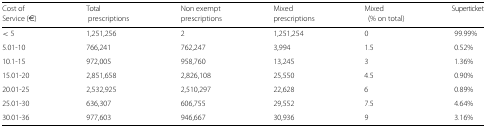
| Cost of | Total | Non exempt | Mixed | Mixed | Superticket |
 | Service (€) | prescriptions | prescriptions | prescriptions | (% on total) |  |
 | --- | --- | --- | --- | --- | --- |
 | <5 | 1,251,256 | 2 | 1,251,254 | 0 | 99.99% |
 | 5.01-10 | 766,241 | 762,247 | 3,994 | 1.5 | 0.52% |
 | 10.1-15 | 972,005 | 958,760 | 13,245 | 3 | 1.36% |
 | 15.01-20 | 2,851,658 | 2,826,108 | 25,550 | 4.5 | 0.90% |
 | 20.01-25 | 2,532,925 | 2,510,297 | 22,628 | 6 | 0.89% |
 | 25.01-30 | 636,307 | 606,755 | 29,552 | 7.5 | 4.64% |
 | 30.01-36 | 977,603 | 946,667 | 30,936 | 9 | 3.16% |